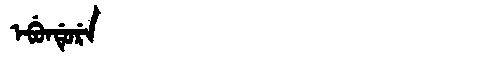
Manchu: ᡝᠪᡠᠨᡩᡠᡵᡝ
Romanization: EBUNDURE